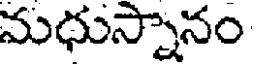
మధుస్నానం